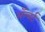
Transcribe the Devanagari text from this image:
ॲल्बर्ट